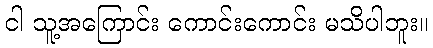
ငါ သူ့အကြောင်း ကောင်းကောင်း မသိပါဘူး။